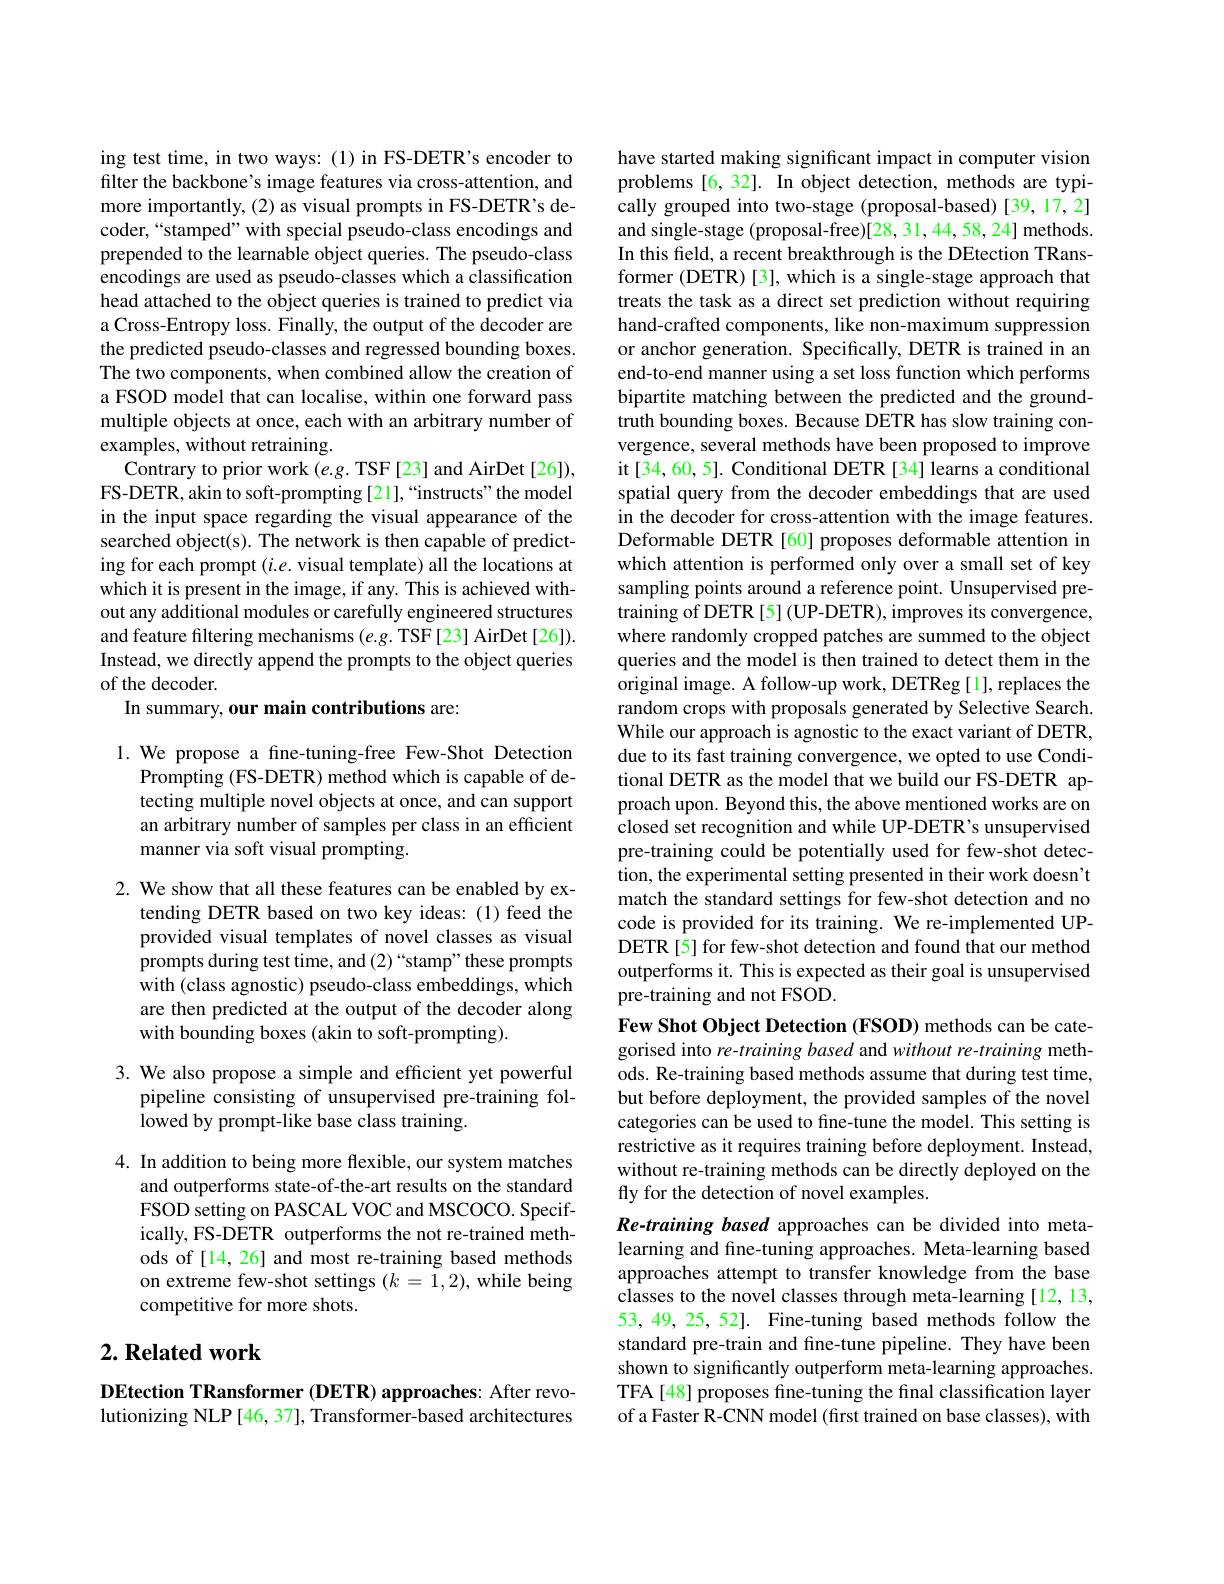
ing test time, in two ways: (1) in FS-DETR's encoder to filter the backbone's image features via cross-attention, and more importantly,(2) as visual prompts in FS-DETR's decoder,“stamped”with special pseudo-class encodings and prepended to the learnable object queries. The pseudo-class encodings are used as pseudo-classes which a classification head attached to the object queries is trained to predict via a Cross-Entropy loss. Finally, the output of the decoder are the predicted pseudo-classes and regressed bounding boxes. The two components, when combined allow the creation of a FSOD model that can localise, within one forward pass multiple objects at once, each with an arbitrary number of examples, without retraining.
Contrary to prior work $(e.g.$ TSF [23] and AirDet[26]), FS-DETR, akin to soft-prompting [21],“instructs”the model in the input space regarding the visual appearance of the searched object(s). The network is then capable of predicting for each prompt $(i.e.$ visual template) all the locations at which it is present in the image, if any. This is achieved without any additional modules or carefully engineered structures and feature filtering mechanisms (e.g. TSF[23] AirDet[26]). Instead, we directly append the prompts to the object queries of the decoder.
In summary, our main contributions are:

1. We propose a fine-tuning-free Few-Shot Detection
Prompting (FS-DETR) method which is capable of detecting multiple novel objects at once, and can support an arbitrary number of samples per class in an efficient manner via soft visual prompting.

2. We show that all these features can be enabled by ex-
tending DETR based on two key ideas:(1) feed the provided visual templates of novel classes as visual prompts during test time, and (2)“stamp” these prompts with (class agnostic) pseudo-class embeddings, which are then predicted at the output of the decoder along with bounding boxes (akin to soft-prompting).

3. We also propose a simple and efficient yet powerful
pipeline consisting of unsupervised pre-training fol-
lowed by prompt-like base class training.

4. In addition to being more flexible, our system matches
and outperforms state-of-the-art results on the standard FSOD setting on PASCAL VOC and MSCOCO. Specifically, FS-DETR outperforms the not re-trained methods of [14, 26] and most re-training based methods on extreme few-shot settings $(k=\tilde{1},2)$, while being competitive for more shots.

## $2. \textbf{ Related work}$

DEtection TRansformer (DETR) approaches: After revolutionizing NLP [46, 37], Transformer-based architectures

have started making significant impact in computer vision

problems [6,32]. In object detection, methods are typi-

cally grouped into two-stage (proposal-based)[39,17,2] and single-stage (proposal-free)[28,31,44,58,24] methods. In this field, a recent breakthrough is the DEtection TRansformer (DETR)[3], which is a single-stage approach that treats the task as a direct set prediction without requiring hand-crafted components, like non-maximum suppression or anchor generation. Specifically, DETR is trained in an end-to-end manner using a set loss function which performs bipartite matching between the predicted and the groundtruth bounding boxes. Because DETR has slow training convergence, several methods have been proposed to improve it[34,60,5]. Conditional DETR [34] learns a conditional spatial query from the decoder embeddings that are used in the decoder for cross-attention with the image features. Deformable DETR [60] proposes deformable attention in which attention is performed only over a small set of key sampling points around a reference point. Unsupervised pretraining of DETR [5] (UP-DETR), improves its convergence, where randomly cropped patches are summed to the object queries and the model is then trained to detect them in the original image. A follow-up work, DETReg [1], replaces the random crops with proposals generated by Selective Search. While our approach is agnostic to the exact variant of DETR, due to its fast training convergence, we opted to use Conditional DETR as the model that we build our FS-DETR approach upon. Beyond this, the above mentioned works are on closed set recognition and while UP-DETR's unsupervised pre-training could be potentially used for few-shot detection, the experimental setting presented in their work doesn't match the standard settings for few-shot detection and no code is provided for its training. We re-implemented UPDETR [5] for few-shot detection and found that our method outperforms it. This is expected as their goal is unsupervised pre-training and not FSOD.
Few Shot Object Detection (FSOD) methods can be categorised into re-training based and without re-training methods. Re-training based methods assume that during test time, but before deployment, the provided samples of the novel categories can be used to fine-tune the model. This setting is restrictive as it requires training before deployment. Instead, without re-training methods can be directly deployed on the fly for the detection of novel examples.
Re-training based approaches can be divided into metalearning and fine-tuning approaches. Meta-learning based approaches attempt to transfer knowledge from the base classes to the novel classes through meta-learning [12,13, 53, 49, 25, 52]. Fine-tuning based methods follow the standard pre-train and fine-tune pipeline. They have been shown to significantly outperform meta-learning approaches. TFA[48] proposes fine-tuning the final classification layer

of a Faster R-CNN model (first trained on base classes), with